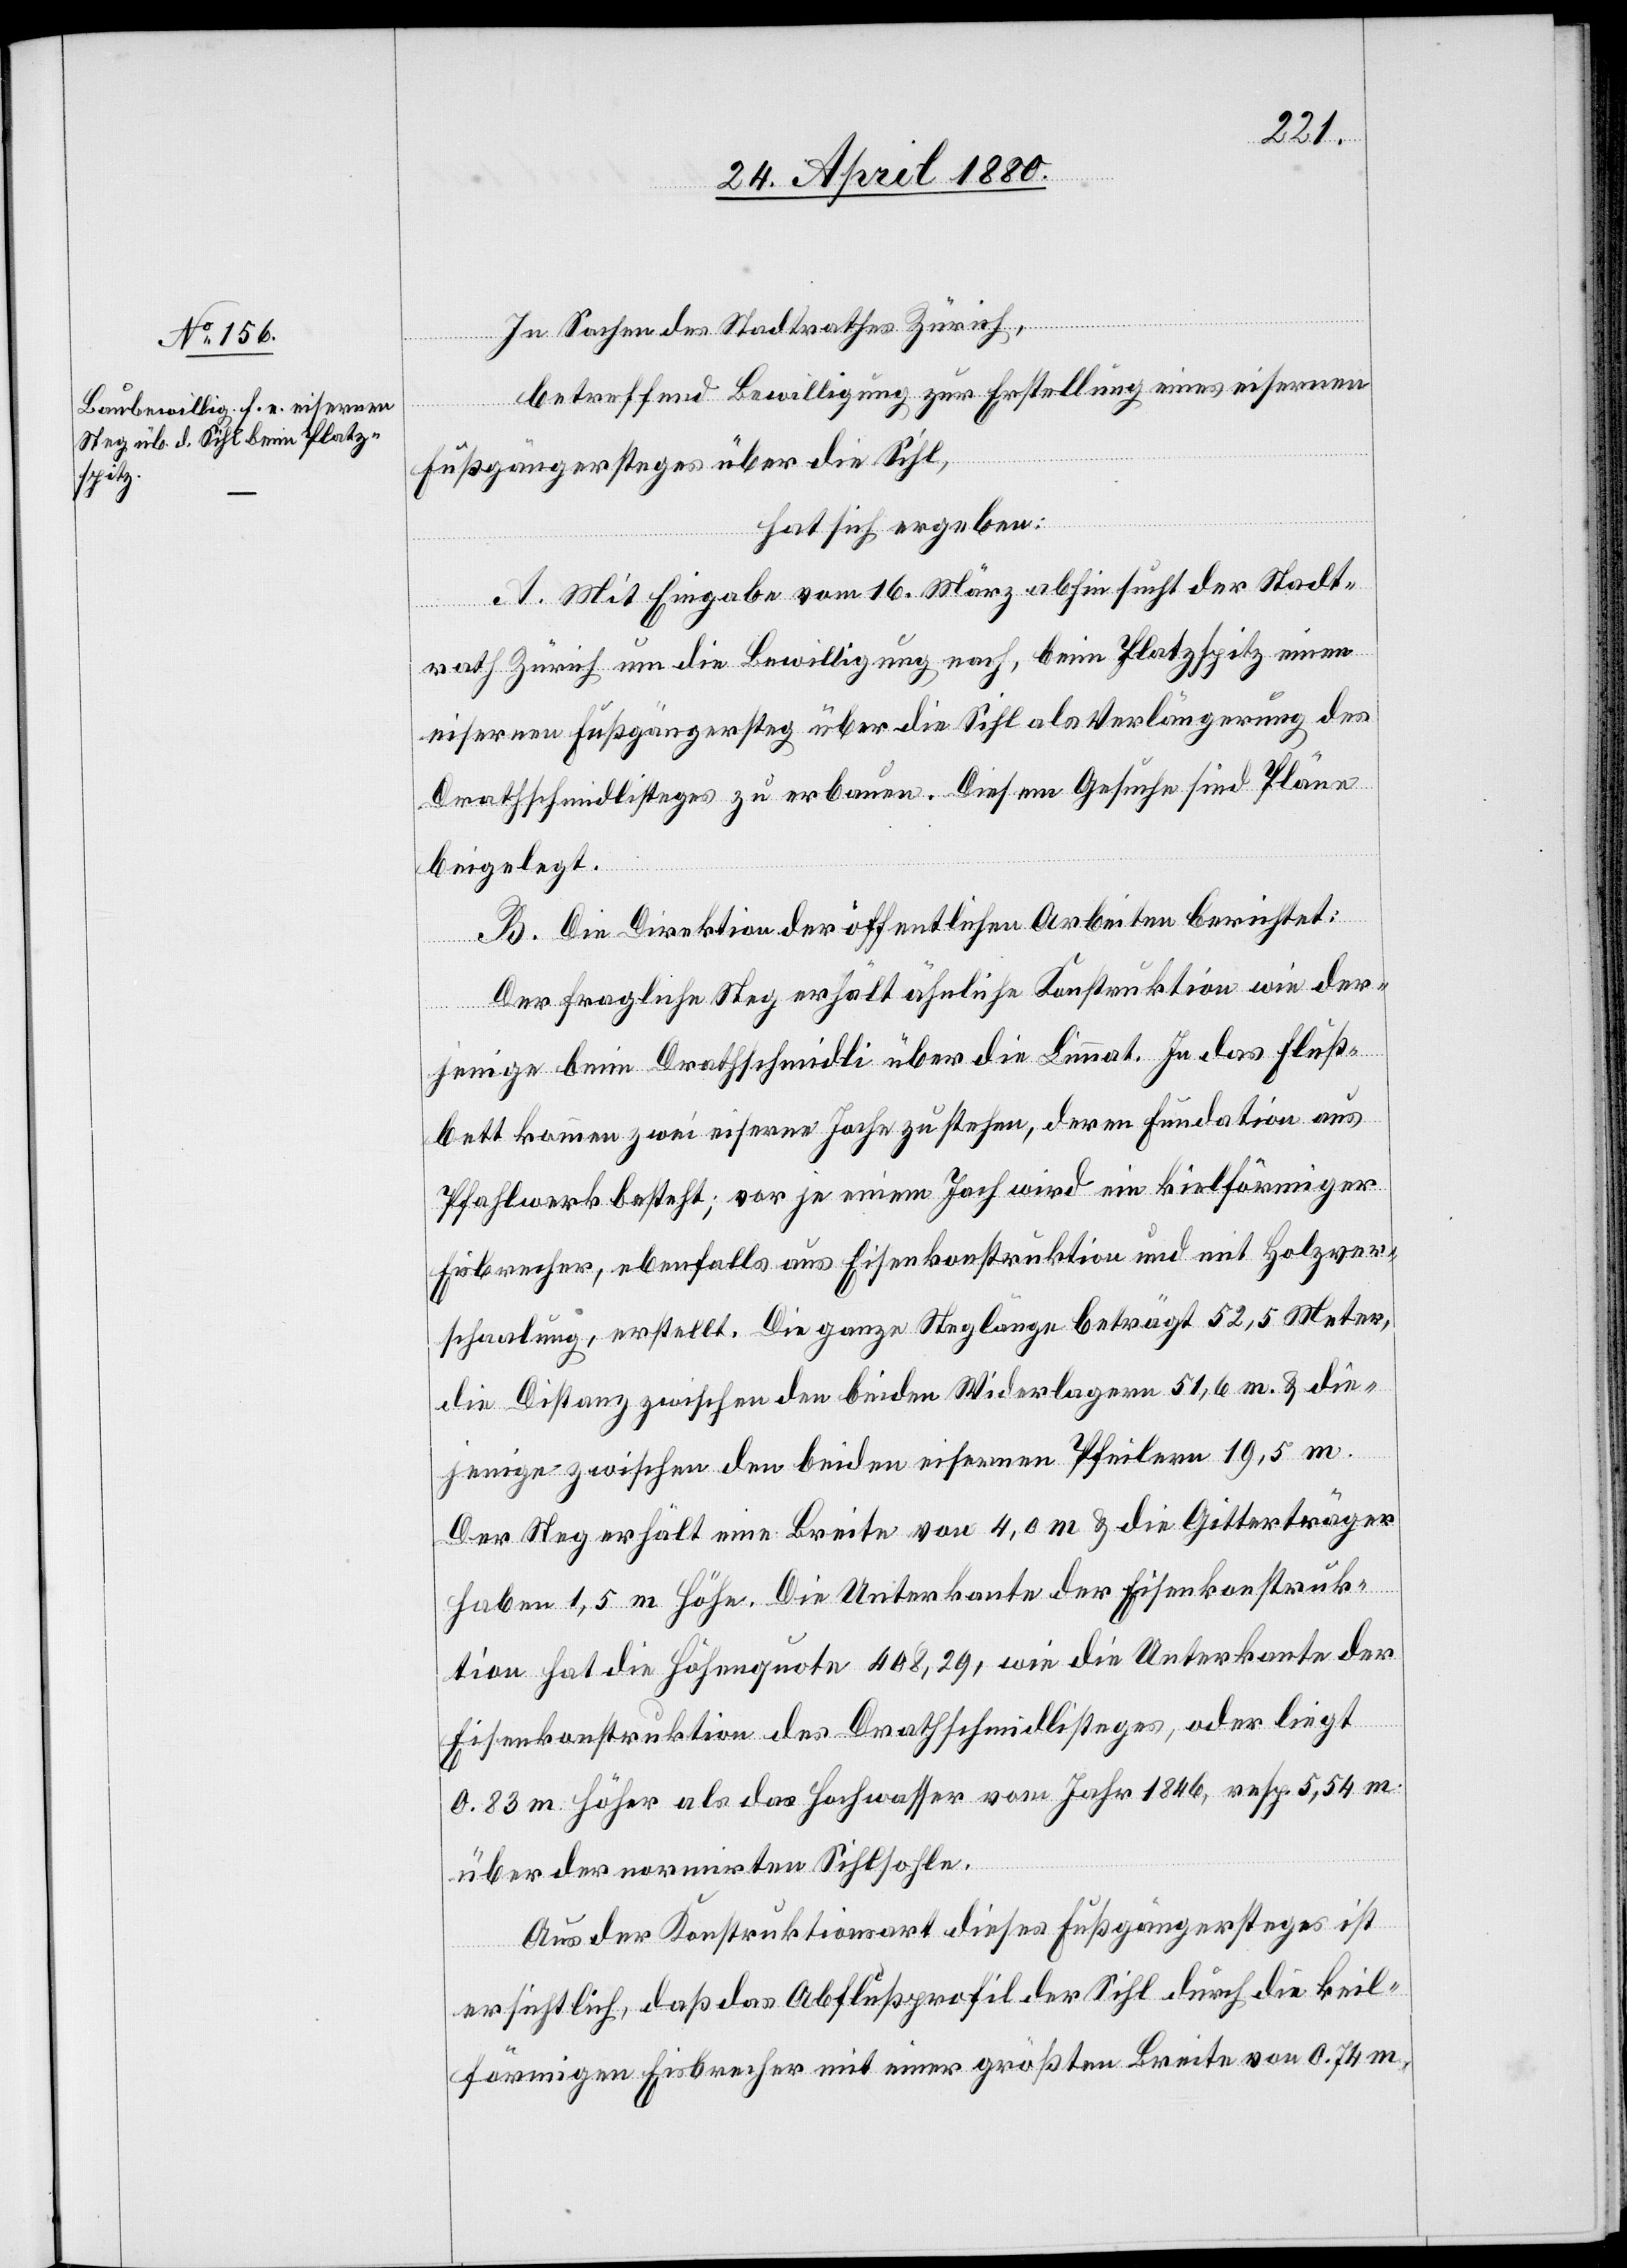
In Sachen des Stadtrathes Zürich,
betreffend Bewilligung zur Erstellung eines eisernen
Fußgängersteges über die Sihl,
hat sich ergeben:
A. Mit Eingabe vom 16. März abhin sucht der Stadt¬
rath Zürich um die Bewilligung nach, beim Platzspitz einen
eisernen Fußgängersteg über die Sihl als Verlängerung des
Drathschmidlisteges zu erbauen. Diesem Gesuch sind Pläne
beigelegt.
B. Die Direktion der öffentlichen Arbeiten berichtet:
Der fragliche Steg erhält ähnliche Konstruktion wie der¬
jenige beim Drathschmidli über die Limmat. In das Fluß¬
bett kommen zwei eiserne Joche zu stehen, deren Fundation aus
Pfahlwerk besteht; vor je einem Joch wird ein kielförmiger
Eisbrecher, ebenfalls aus Eisenkonstruktion und mit Holzver¬
schaalung, erstellt. Die ganze Steglänge beträgt 52,5 Meter,
die Distanz zwischen den beiden Widerlagern 51,6 m. & die¬
jenige zwischen den beiden eisernen Pfeilern 19,5 m.
Der Steg erhält eine Breite von 4,0 m & die Gitterträger
haben 1,5 m Höhe. Die Unterkante der Eisenkonstruk¬
tion hat die Höhenquote 408,29, wie die Unterkante der
Eisenkonstruktion des Drathschmidlisteges, oder liegt
0.83 m höher als das Hochwasser vom Jahr 1846, resp. 5,54 m.
über der normirten Sihlsohle.
Aus der Konstruktionsart dieses Fußgängersteges ist
ersichtlich, daß das Abflußprofil der Sihl durch die keil¬
förmigen [sic!] Eisbrecher mit einer größten Breite von 0.74 m